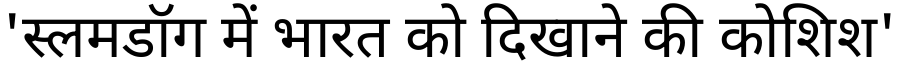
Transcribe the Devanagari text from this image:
'स्लमडॉग में भारत को दिखाने की कोशिश'